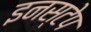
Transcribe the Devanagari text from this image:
इनस्टेप